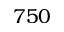
7 5 0